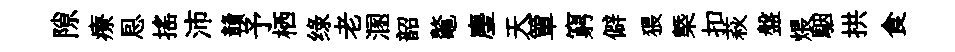
隙療㤙揺沛贛予栖绿老溷韶鼇麈天簞窮僻猥㮣扣萩盤煨駰拱食